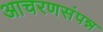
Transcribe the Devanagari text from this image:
आचरणसंपन्न